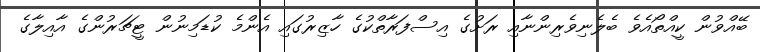
ބޭއްވުން ކީއްތޯއެވެ ބެލެނިވެރިންނާއި ރަށުގެ އިސްފަރާތްކުގެ ހާޒިރުގައި އެންމެ ކުޑަމިނުން ޓީޗަރުންގެ އާއިލާގެ